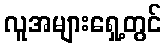
လူအများရှေ့တွင်